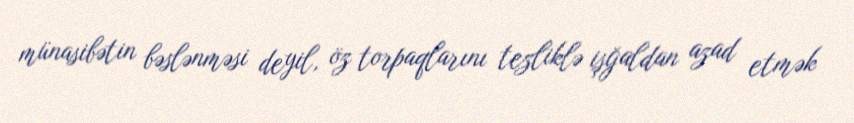
münasibətin bəslənməsi deyil, öz torpaqlarını tezliklə işğaldan azad etmək